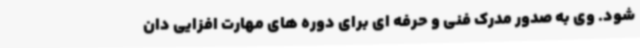
شود. وی به صدور مدرک فنی و حرفه ای برای دوره های مهارت افزایی دان